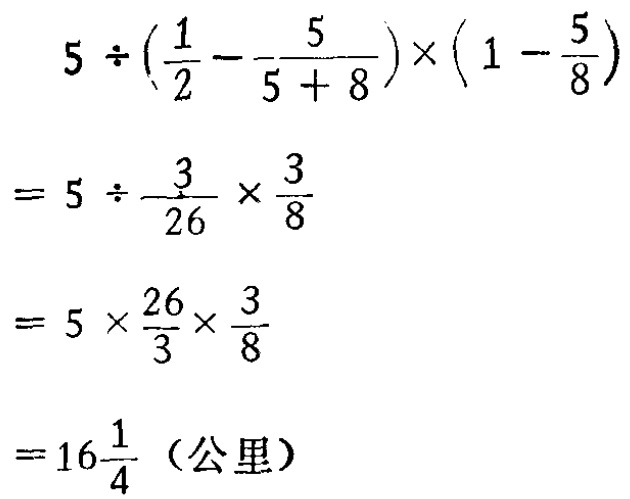
\[

\begin{align*}

&5\div(\frac{1}{2}-\frac{5}{5 + 8})\times(1 - \frac{5}{8})\\

=&5\div\frac{3}{26}\times\frac{3}{8}\\

=&5\times\frac{26}{3}\times\frac{3}{8}\\

=&16\frac{1}{4}（公里）

\end{align*}

\]